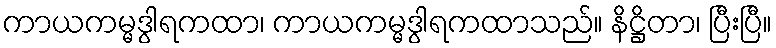
ကာယကမ္မဒွါရကထာ၊ ကာယကမ္မဒွါရကထာသည်။ နိဋ္ဌိတာ၊ ပြီးပြီ။